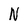
Character: N